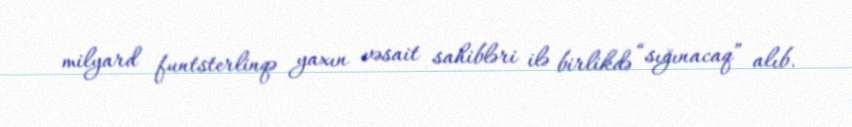
milyard funtsterlinqə yaxın vəsait sahibləri ilə birlikdə “sığınacaq” alıb.